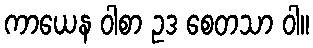
ကာယေန ဝါစာ ဥဒ စေတသာ ဝါ။